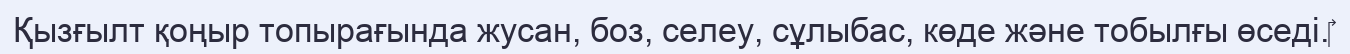
Қызғылт қоңыр топырағында жусан, боз, селеу, сұлыбас, көде және тобылғы өседі.‎